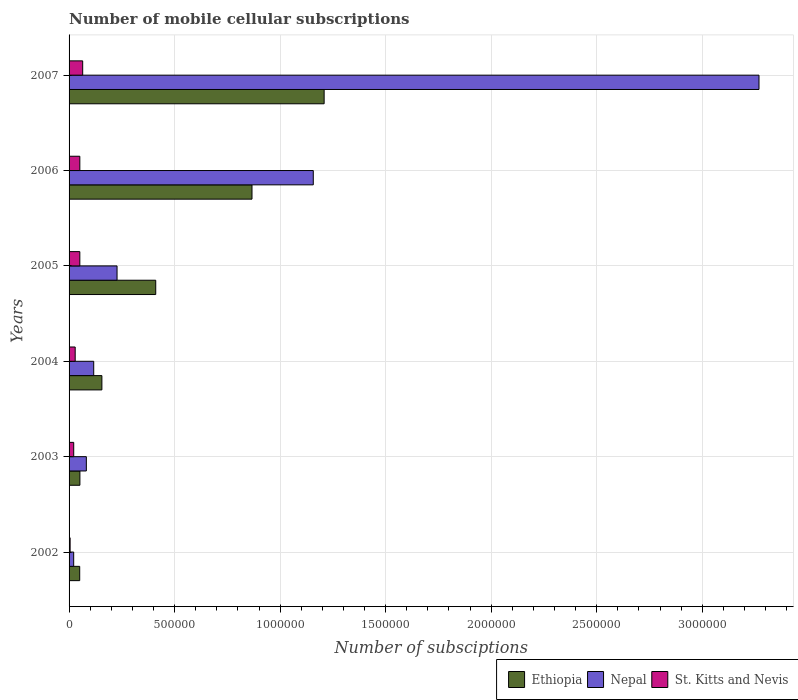
| Years | Ethiopia | Nepal | St. Kitts and Nevis |
 | --- | --- | --- | --- |
 | 2002 | 5.04e+04 | 2.19e+04 | 5e+03 |
 | 2003 | 5.13e+04 | 8.19e+04 | 2.2e+04 |
 | 2004 | 1.56e+05 | 1.17e+05 | 2.9e+04 |
 | 2005 | 4.11e+05 | 2.27e+05 | 5.1e+04 |
 | 2006 | 8.67e+05 | 1.16e+06 | 5.1e+04 |
 | 2007 | 1.21e+06 | 3.27e+06 | 6.45e+04 |